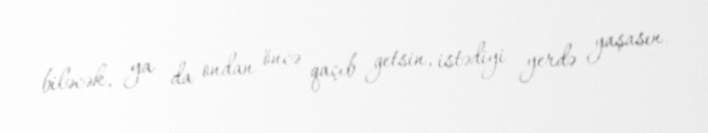
biləcək, ya da ondan öncə qaçıb getsin, istədiyi yerdə yaşasın.